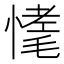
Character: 𢟾